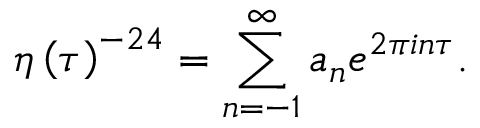
\eta \left( { \tau } \right) ^ { - 2 4 } = \sum _ { n = - 1 } ^ { \infty } a _ { n } e ^ { 2 \pi i n \tau } .